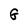
Character: G